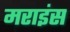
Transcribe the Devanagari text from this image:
मराइंस